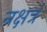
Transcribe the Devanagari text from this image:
नक्षत्रं